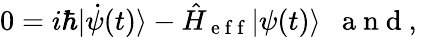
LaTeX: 0=i\hbar|\dot{\psi}(t)\rangle-\hat{H}_{\mathrm{~e~f~f~}}|\psi(t)\rangle\mathrm{~\ \ a~n~d~,~}